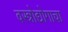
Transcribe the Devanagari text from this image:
वस्त्रोद्योगाचा